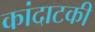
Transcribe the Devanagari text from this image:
कांदाटकी